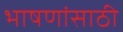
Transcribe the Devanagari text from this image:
भाषणांसाठी